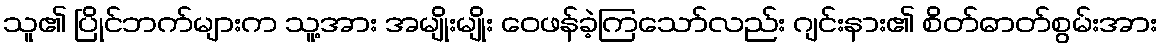
သူ၏ ပြိုင်ဘက်များက သူ့အား အမျိုးမျိုး ဝေဖန်ခဲ့ကြသော်လည်း ဂျင်းနား၏ စိတ်ဓာတ်စွမ်းအား